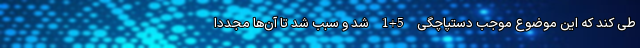
طی کند که این موضوع موجب دستپاچگی 5+1 شد و سبب شد تا آن‌ها مجدداً